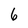
Character: 6